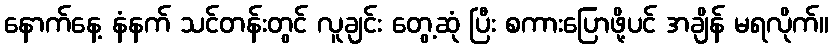
နောက်နေ့ နံနက် သင်တန်းတွင် လူချင်း တွေ့ဆုံ ပြီး စကားပြောဖို့ပင် အချိန် မရလိုက်။